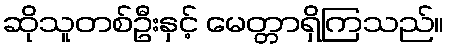
ဆိုသူတစ်ဦးနှင့် မေတ္တာရှိကြသည်။